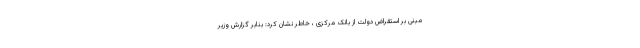
مبنی بر استقراض دولت از بانک مرکزی ، خاطر نشان کرد: بنابر گزارش وزیر